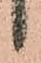
候